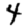
Digit: 4